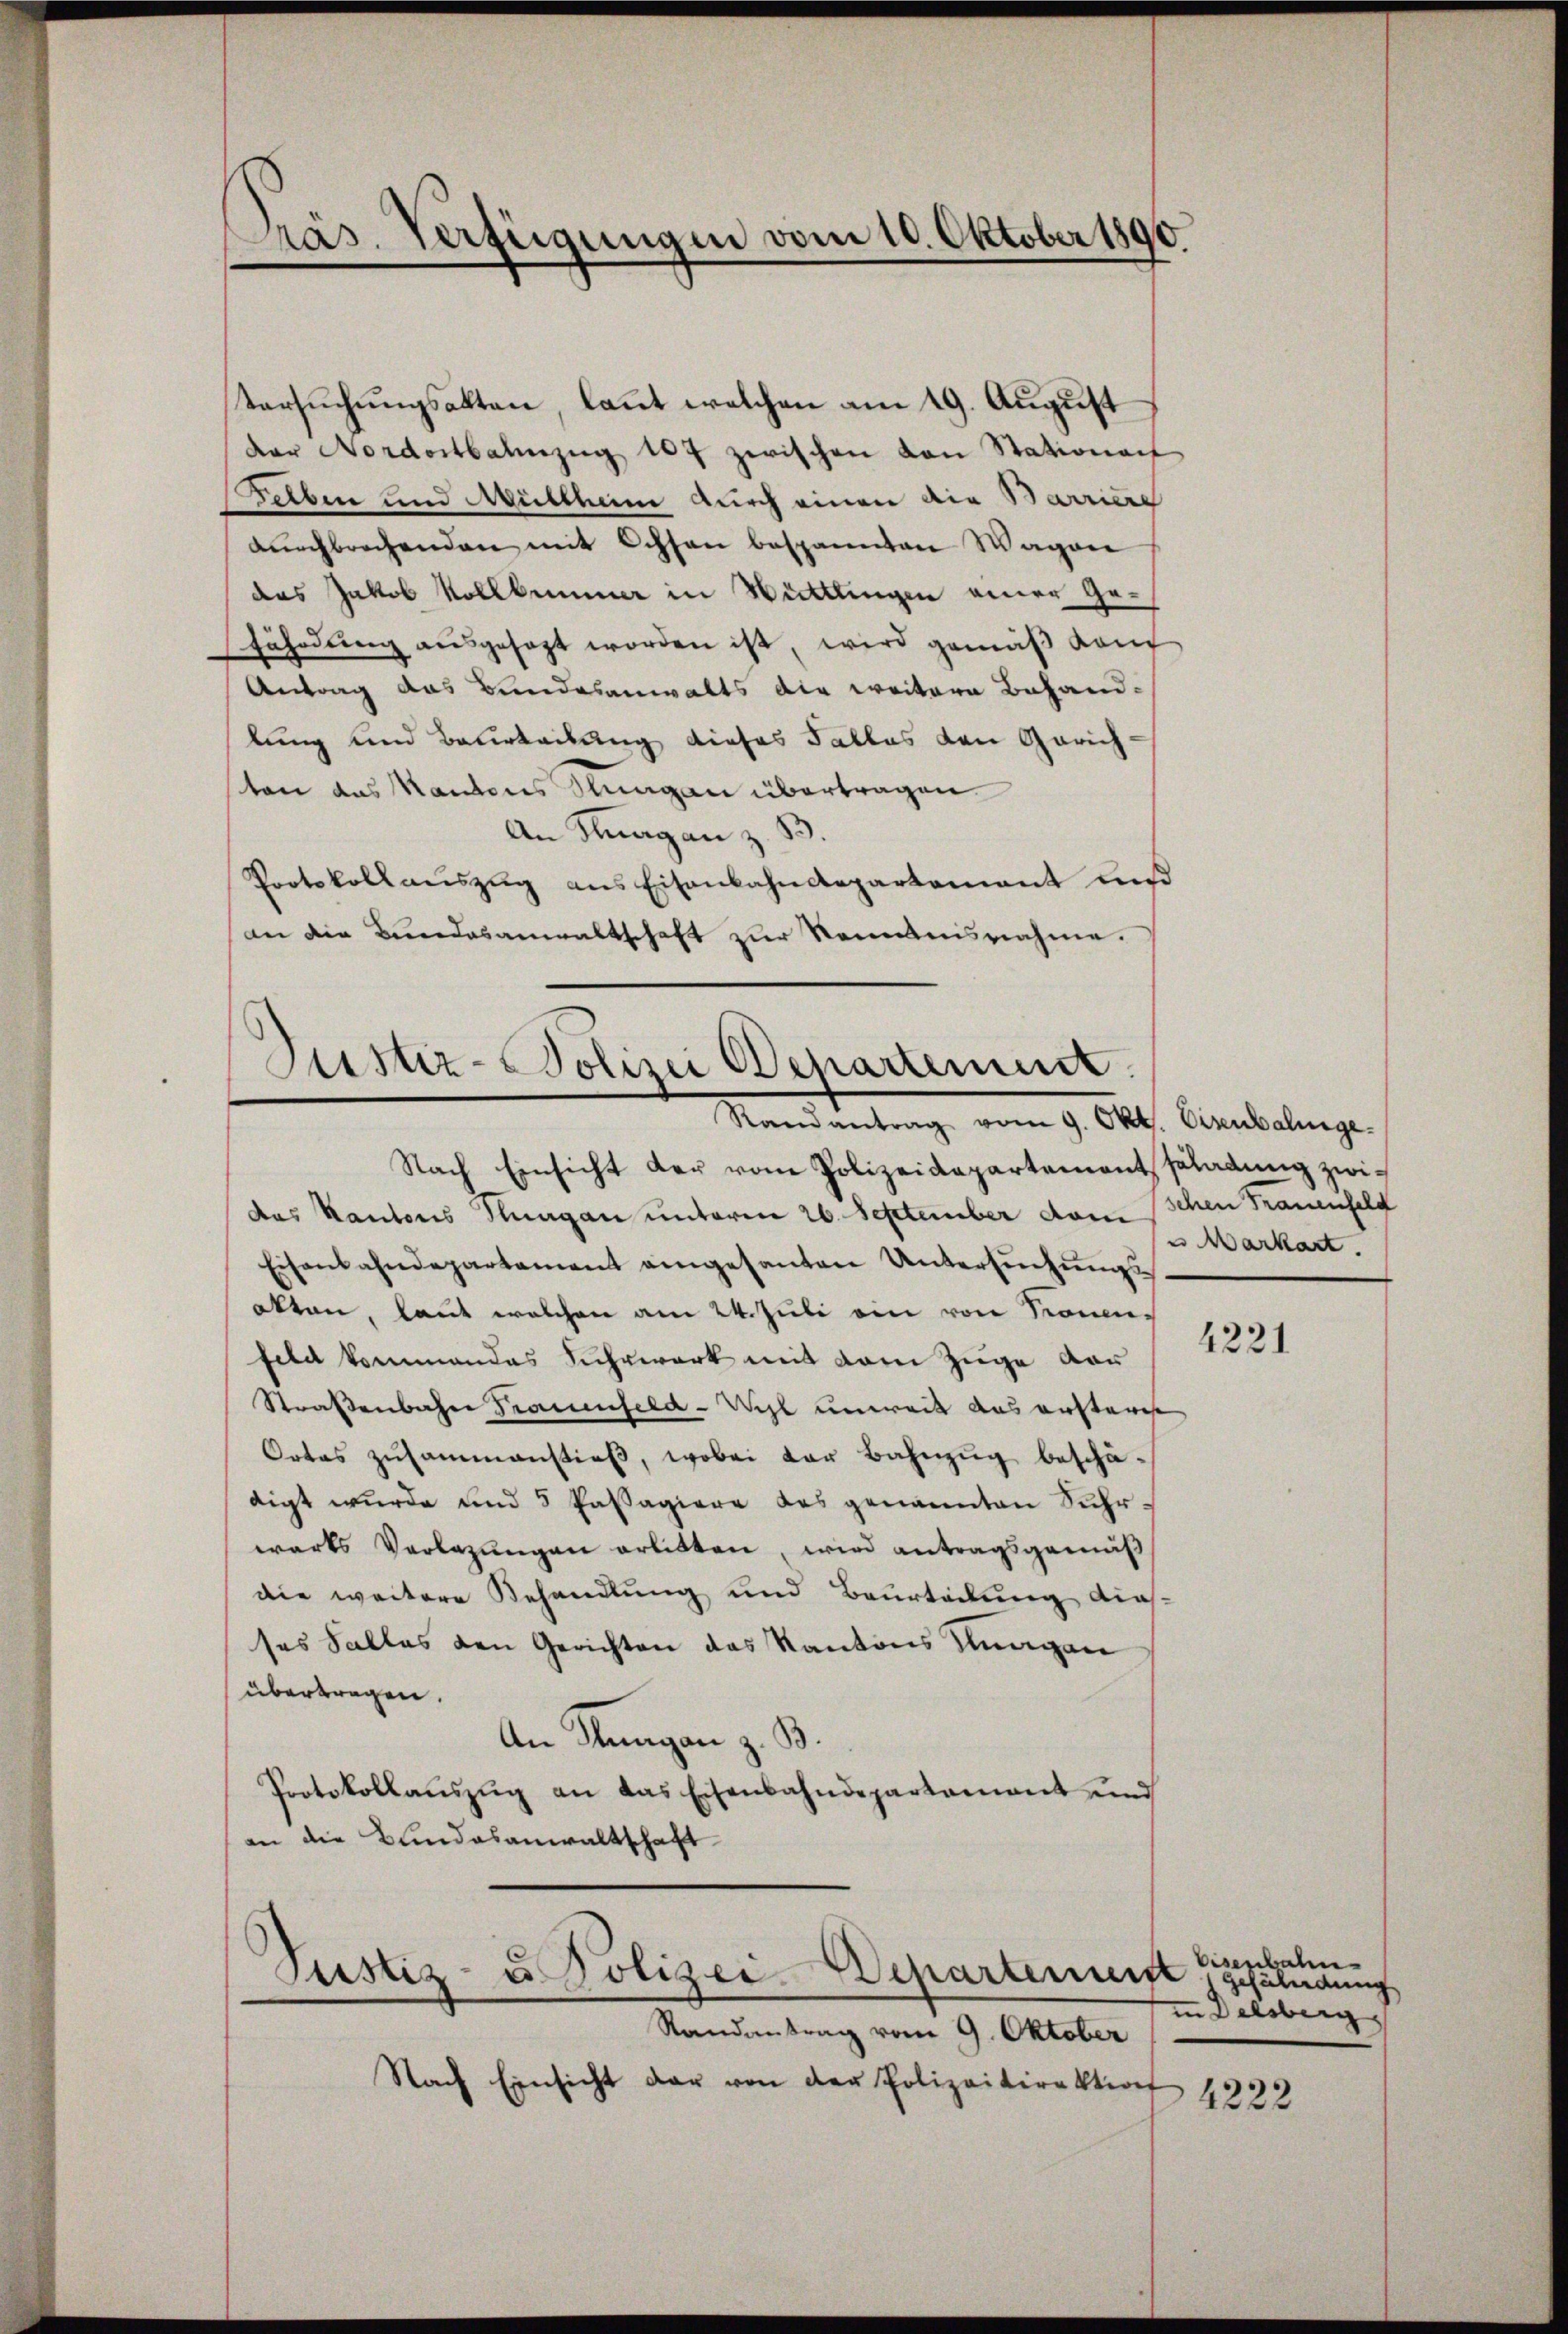
Präs. Verfügungen vom 10. Oktober 1890.

tersuchungsakten, laut welchen am 19. August
der Nordostbahnzŭg 107 zwischen von Stationa
Gelben und Multheim durch einen die Barriere
dŭrchbrechenden mit Ochsen bespannten Wagen
das Jakob Vollkommer in Wittlingen einer Gefährdung aŭsgesagt worden ist, wird gemäβ Kam
Antrag das Bundesanwalts die weitere Behandlung und Beurteilung dieses Falles den Gerich-
ten das Kantons Stungen übertragen
An Strag an z. B.
Protokoll auszug aus Eisenbahndepartement und
an die Bundesanwaltschaft zur Kenntnisnahme.

Justiz-Polizei Departement.
Ramantrag vom 9. Okt. Eisenbalige

Justiz- u Polizei-Departement

u Markart

Nach Einsicht der vom Polizeidepartementsladung zwidas Kantons Klagan unterm 26. September dem schen Trauenfeld
Eisenbahndepartement eingesanten Untersŭchŭngs-
akten, laut welchen am 24. Juli ein von Sonnfeld kommendes Fuhrwerk mit dem Zuge vor
Straßenbahn Trauenfeld - Wihl unweit aus ersterie
Ortes zusammenstieβ, wobei der Bahnzug beschädigt wurde und 5 Passagiere des genannten Suhrwärts Verlegungen erlitten, wird antragsgemäß
die weitere Behandlung und Beurteilung dieß
ses Salles den Gerichten des Kantons Zungen
übertragen.
An Stungen z. B.
Protokollaŭszŭg an das Eisenbahndepartamant und
an die Bundesanwaltschaft

Randantrag vom 9. Oktober
Nach Einsicht dar von der Polizeidirektion

4221

Eisenbahn
Gefändung
in Delsberg

4222